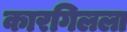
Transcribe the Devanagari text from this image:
कारगिलला